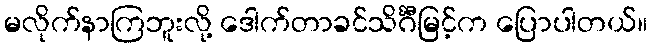
မလိုက်နာကြဘူးလို့ ဒေါက်တာခင်သိင်္ဂီမြင့်က ပြောပါတယ်။